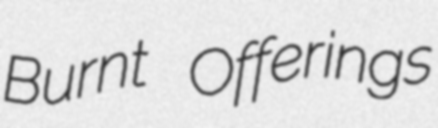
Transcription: Burnt Offerings